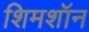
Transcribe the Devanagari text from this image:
शिमशॉन